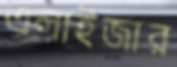
এলাইজার